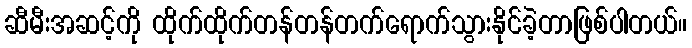
ဆီမီးအဆင့်ကို ထိုက်ထိုက်တန်တန်တက်ရောက်သွားနိုင်ခဲ့တာဖြစ်ပါတယ်။